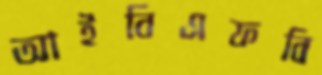
আইবিএফবি